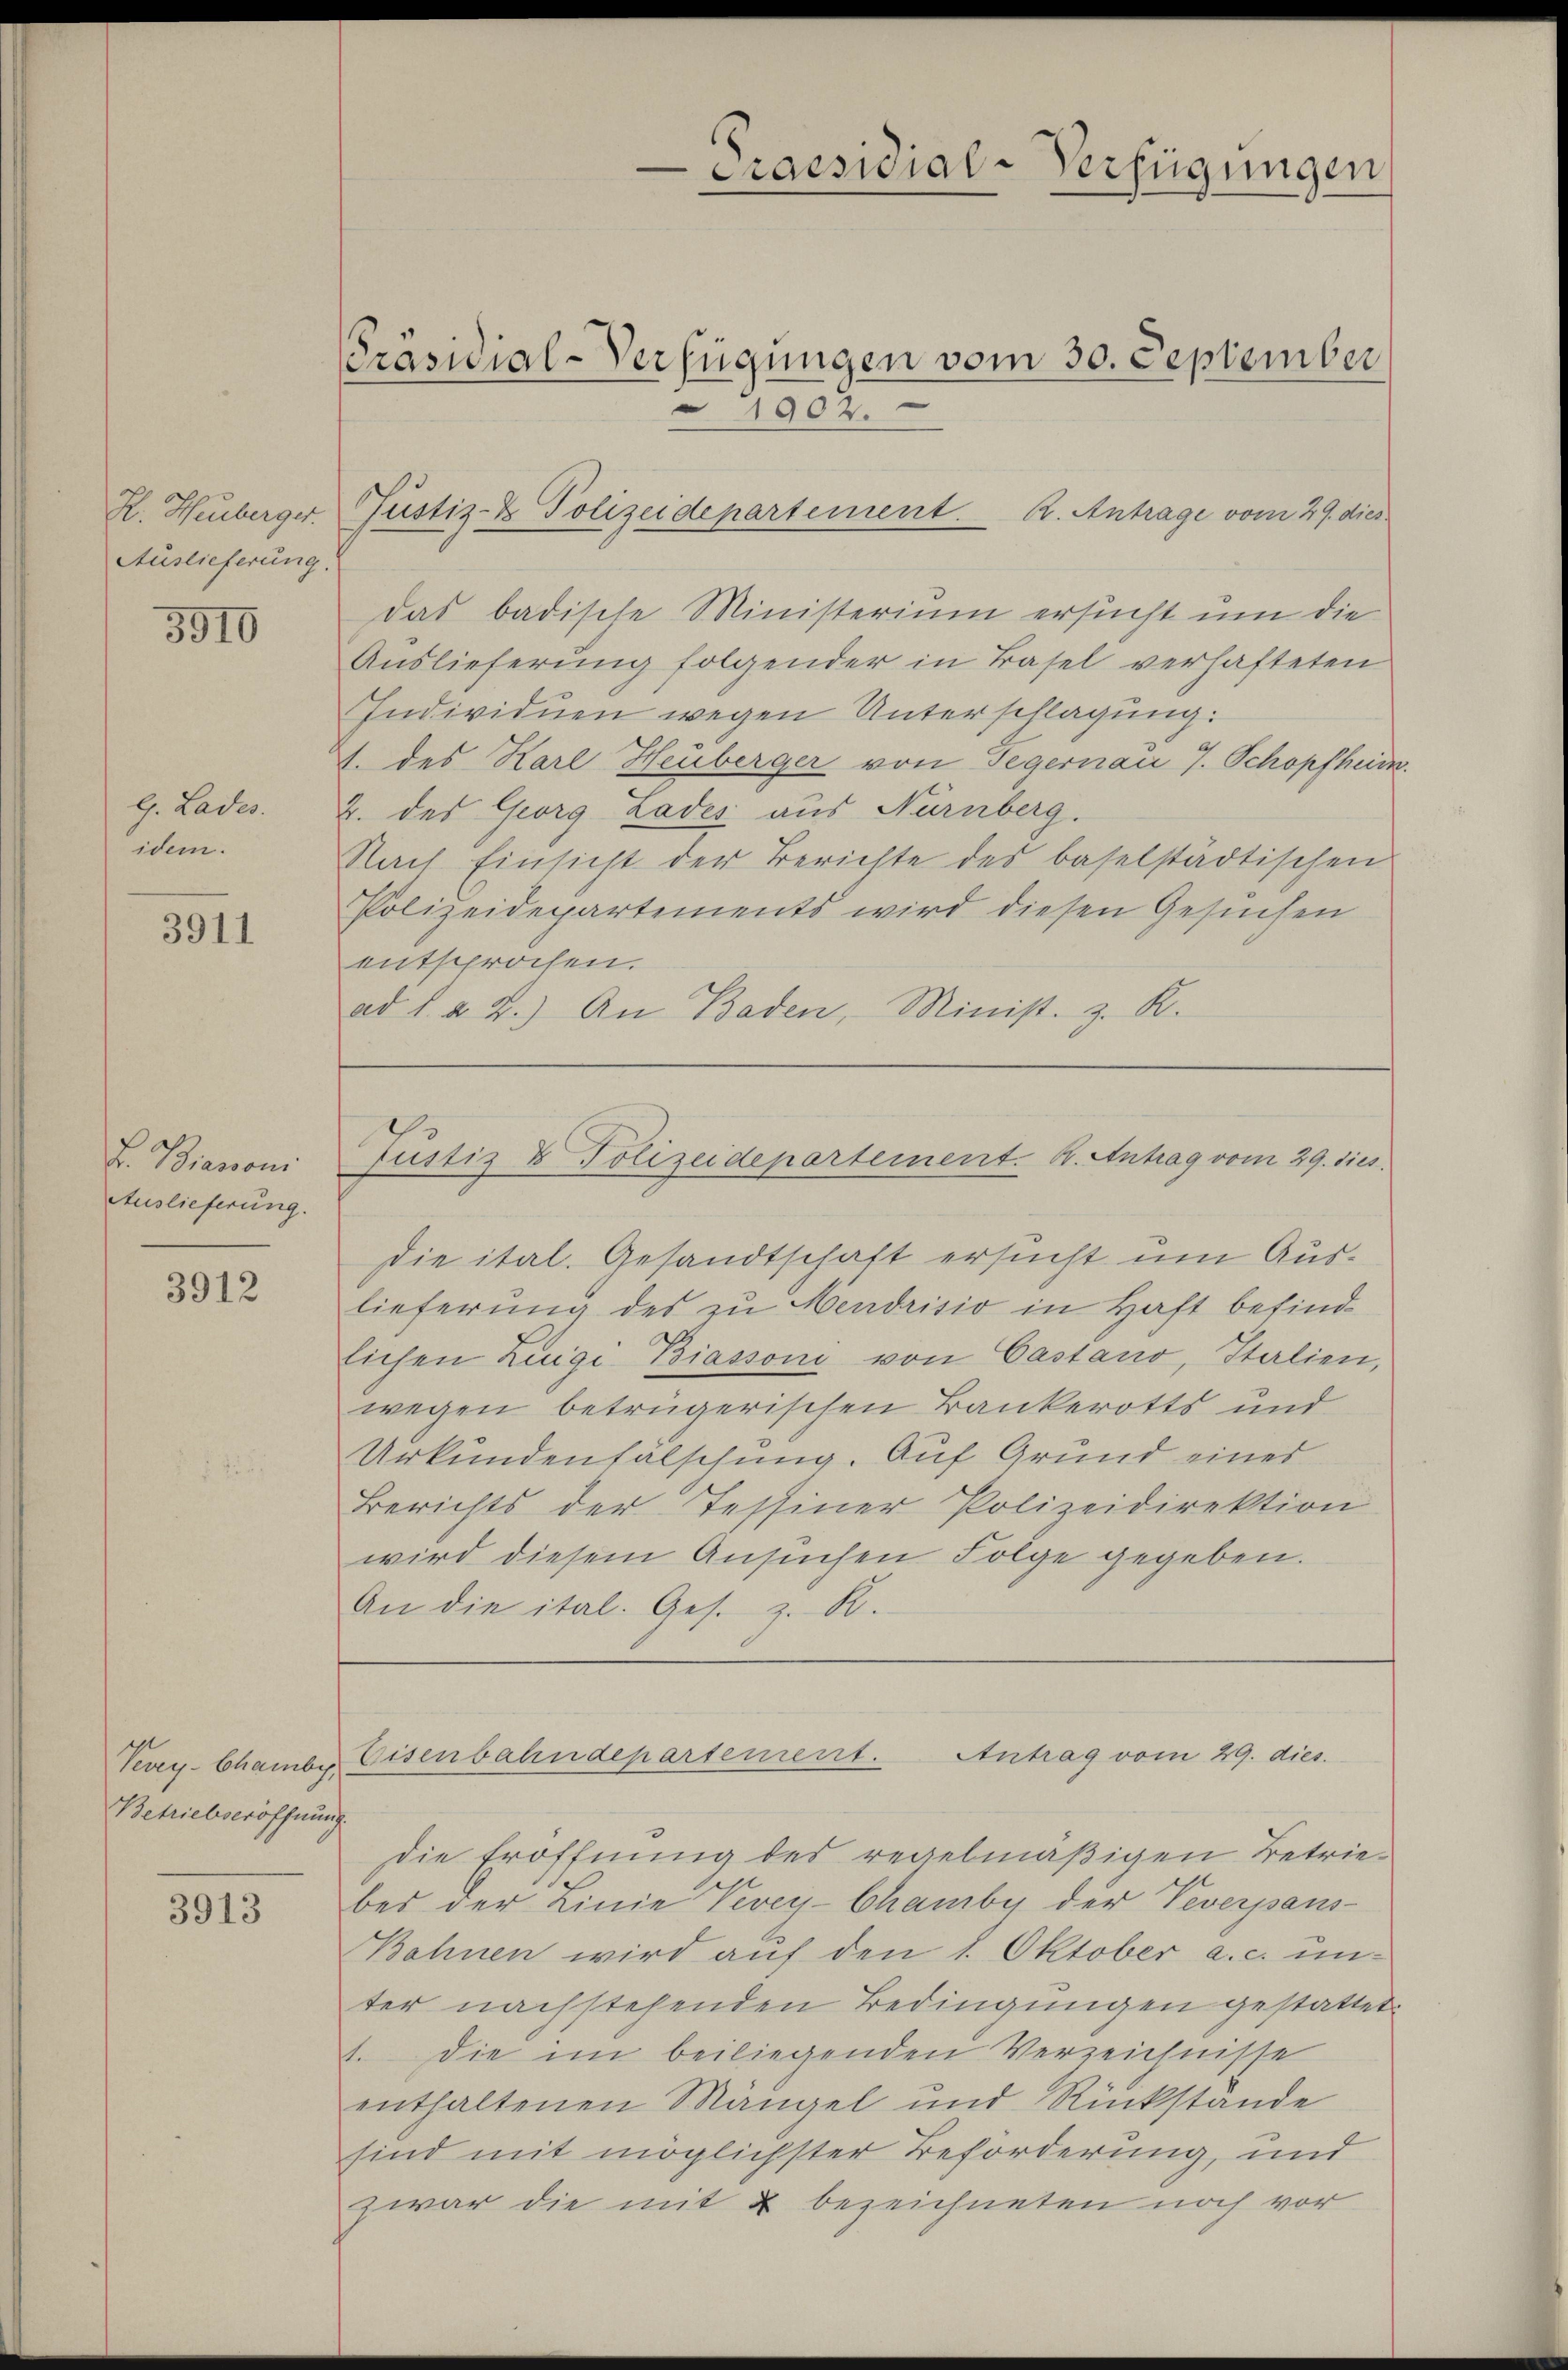
H. Huberger.
Auslieferung

5910

l. Lades.
idem.

3911

L. Branoni
Auslieferung.

3912

Vevey-Chamby,
Betriebseröffnung.

3913

Präsidial-Verfügungen vom 30. September
1902.

Praesidial-Verfügungen

Justiz- & Polizeidepartement. K. Antrage vom 29. dies

das badische Ministerium ersucht um die
Auslieferung folgender in Basel verhafteten
Individuen wegen Unterschlagung.
A. des Karl Heuberger von Gegernau 7. Schopfheim.
2. des Georg Lades aus Nürnberg.
Nach Einsicht der Berichte des baselstädtischen
Polizeidepartements wird diesen Gesuchen
entsprochen.
ad 1. u 2.) An Baden, Minist. z. R.

Justiz & Polizeidepartement. K. Antrag vom 29. dies

Die ital. Gesandtschaft ersucht um Auslieferung des zu Mendrisio in Haft befind
lichen Luigi Biassoni von Castano, Italien,
wegen betrügerischen Bankerotts und
Urkundenfälschung. Auf Grund eines
Berichts der Tessiner Polizeidirektion
wird diesem Ansuchen Folge gegeben.
An die ital. Ges. z. R.

Eisenbahndepartement. Antrag vom 29. dies

Die Eröffnung des regelmäßigen Betriebei der Linie Vevey-Chamby der Veverpans-
Bohnen wird auf den 1. Oktober a. c. un-
ter nachstehenden Bedingungen gestattet.
1. Die im beiliegenden Verzeichnisse
enthaltenen Mangel und Rückstände
sind mit möglichster Beforderung, und
zwar die mit 2 bezeichneten noch vor